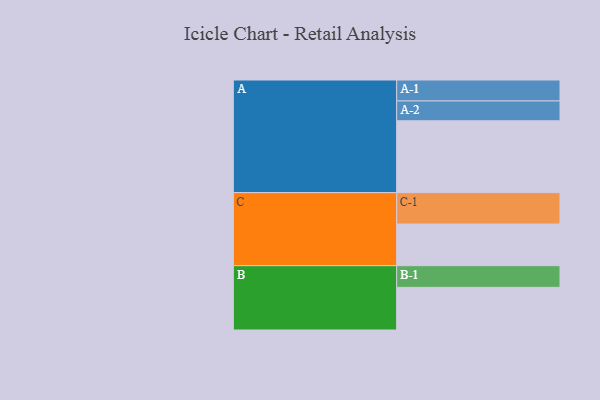
{"axis": {"x": "Segment", "y": "Value"}, "legend": ["", "A", "B", "C"], "data": [{"x": "A", "y": 583, "type": ""}, {"x": "B", "y": 346, "type": ""}, {"x": "C", "y": 338, "type": ""}, {"x": "A-1", "y": 170, "type": "A"}, {"x": "A-2", "y": 161, "type": "A"}, {"x": "B-1", "y": 176, "type": "B"}, {"x": "C-1", "y": 255, "type": "C"}]}